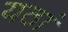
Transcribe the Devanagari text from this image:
यठां